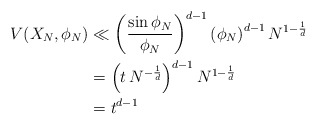
\begin{align*}V(X_{N}, \phi_{N}) &\ll \left( \frac{\sin \phi_{N}}{\phi_{N}} \right)^{d-1} \left( \phi_{N} \right)^{d-1} N^{1-\frac{1}{d}} \\&= \left( t \, N^{-\frac{1}{d}} \right)^{d-1} N^{1-\frac{1}{d}} \\&= t^{d-1} \end{align*}